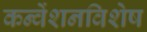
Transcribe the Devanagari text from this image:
कन्वेंशनविशेष